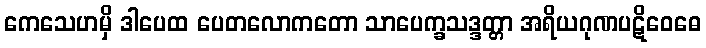
ကေသေဟမှိ ဒါပေထ ပေတလောကတော သာပေက္ခသဒ္ဒတ္တာ အရိယဂုဏပဋိဝေဓေ